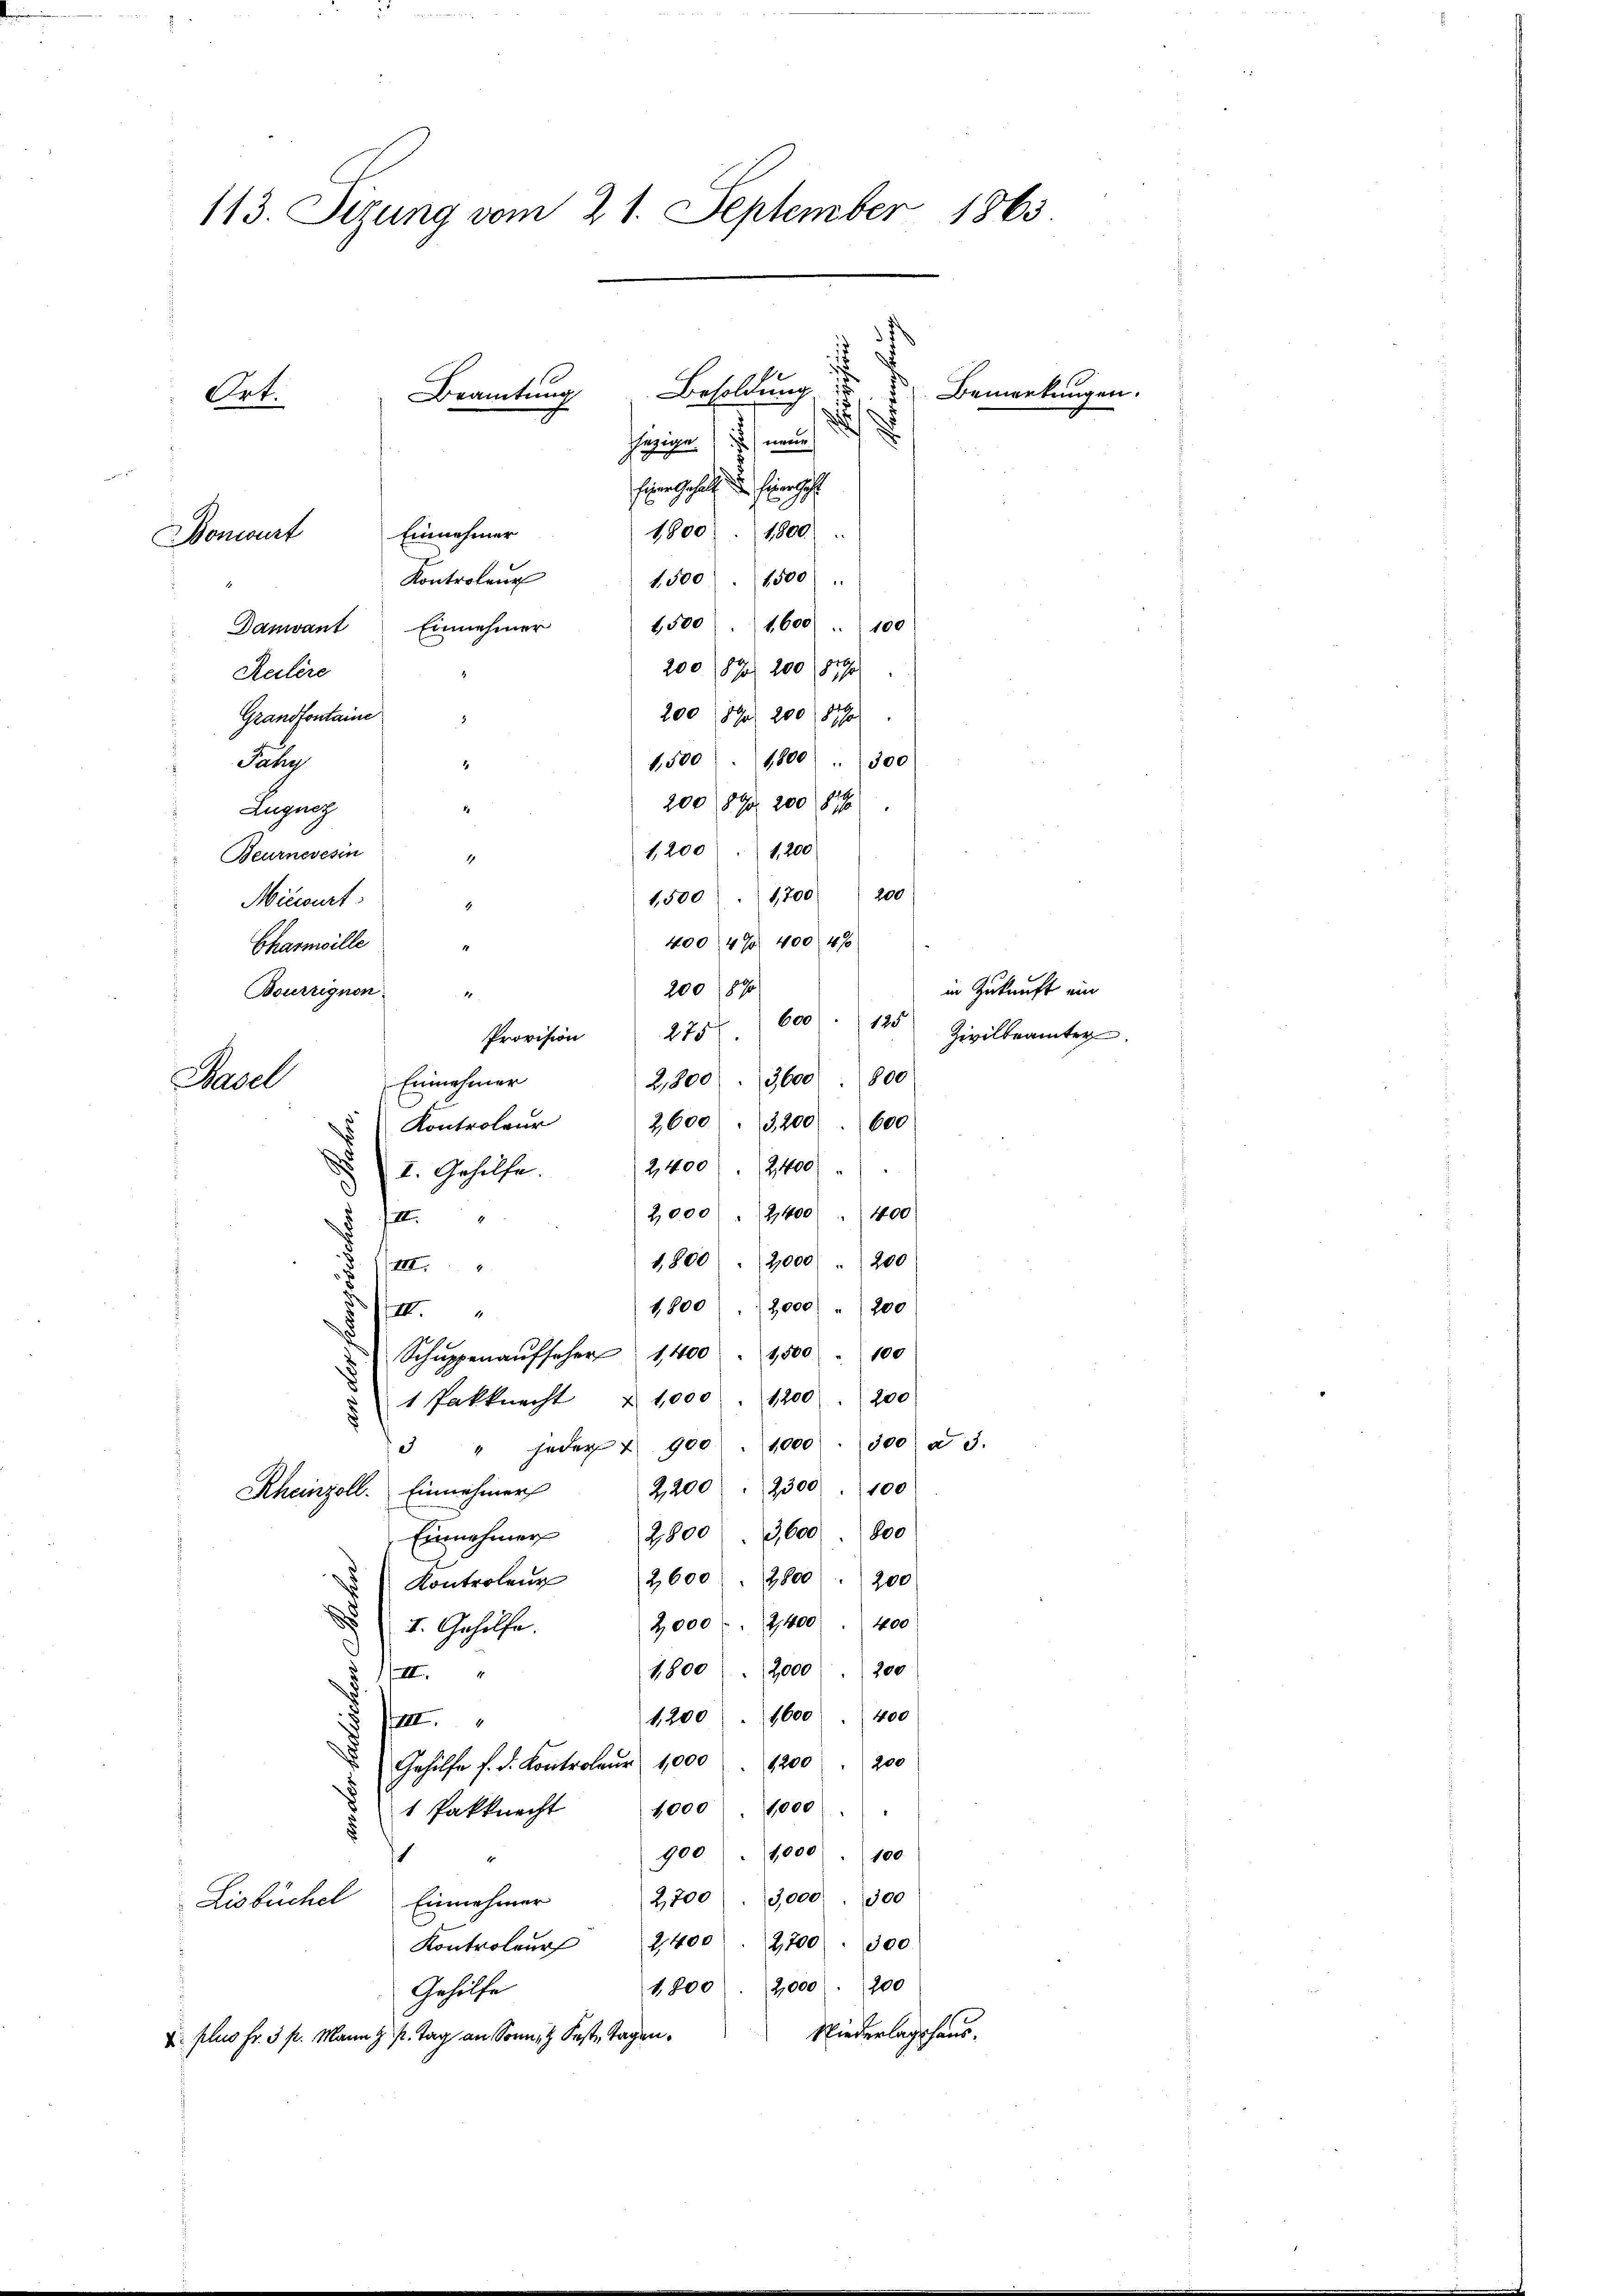
113. Sizung vom 21. September 1863
i
Besoldung
Bemerkungen.
Beamtung
Art.
d
.
ezige neue

n
Eine gehalt die Eingeh
1800. 1800
Einnehmer
Bonwurt
Kontrolenz
1,500. 1500
1500 1600 " 100
Damvant Einnehmer
200/18 200 (1859
Reilere
200 Fr. 200 (870
Grandfontaine
1,500 " 1800 " 300
Jahr
200 § 9 200 (816
d
Zugnet
1,200 " 1200
Beurneresin
200
1,200
1,500.
Miecourt
40047 400 4%
Charmville
200870
Bourrignon
600
125
275.
Provision
2,800  3,600 800
Einnahmer
Muel
2,600 " 3200. 600
Kontroleur
2,400    2400
1. Gesetze.
400
2,000 2,400
.
1,800 " 2,000
200
VII.
1,800 2,000 " 200
III.
Schŭppenaŭfseher 1400 " 1500 " 100
1,200200
1 Pakknecht 1000
d
1,000. 300 § 3.
3 " jeder 4. 900
2,200 " 2300 " 100
Rheinzell. Einnehmer
Einnehmer 2800  3,600 800
.
Kontrolenz 2600 " 2800 " 200
2,000 " 2400. 400
I. Gehilfe.
700
1,800    2000
1/I
1,2001600 (400
II
200
Gehilfe f. d. Kontroleur 1,000 " 1200
1000 1000
1 Pakknecht
1,000 " 100
900
1
2,700  3,000. 300
Lisbüchel Einnahmer
Kontroler 2400. 2700. 300
2,000. 200
1,800
Gehilfe
Niederlagshaus.
u plus Fr. 5 p. Mann z. P. Tag an Sonnet Feste Tagen.

in Zukunft ein
Zivilbeamter